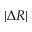
\vert \Delta R \vert